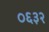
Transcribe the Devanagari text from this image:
०६३२